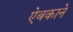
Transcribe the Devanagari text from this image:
ऐबकाने